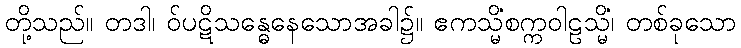
တို့သည်။ တဒါ၊ ဝ်ပဋိသန္ဓေနေသောအခါ၌။ ဧကသ္မိံစက္ကဝါဠသ္မိံ၊ တစ်ခုသော